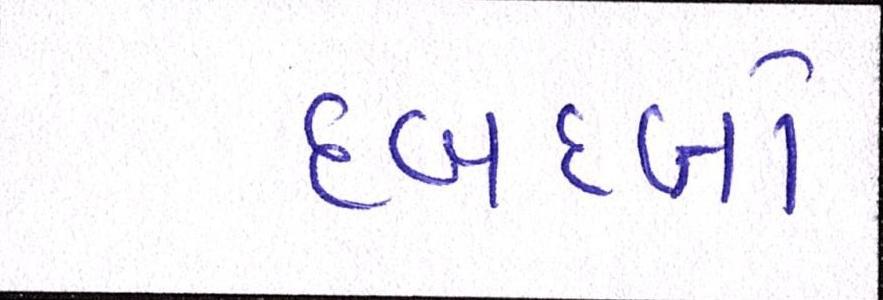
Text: દબદબો